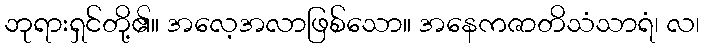
ဘုရားရှင်တို့၏။ အလေ့အလာဖြစ်သော။ အနေကဇာတိသံသာရံ၊ လ၊